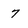
Character: 7